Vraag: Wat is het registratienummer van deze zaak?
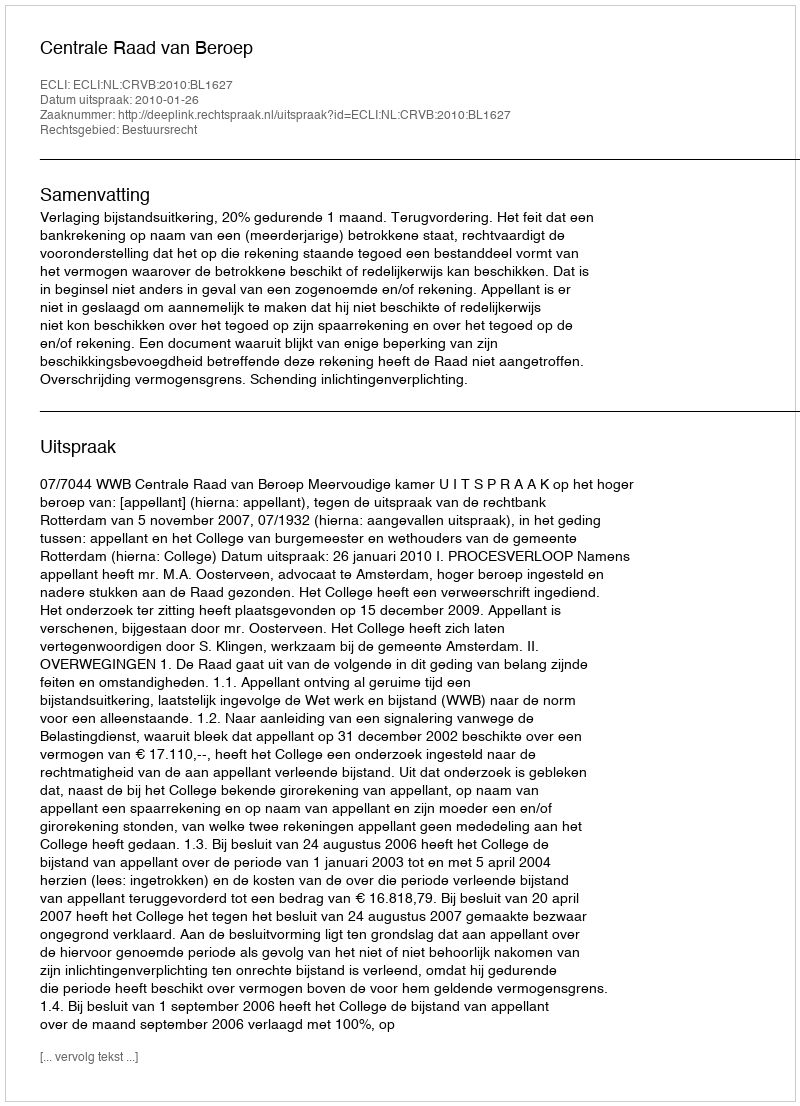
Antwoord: http://deeplink.rechtspraak.nl/uitspraak?id=ECLI:NL:CRVB:2010:BL1627